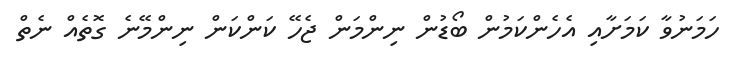
ހަމަނުވާ ކަމަށާއި އެހެންކަމުން ބޯޑުން ނިންމަން ޖެހޭ ކަންކަން ނިންމޭނެ ގޮތެއް ނެތް